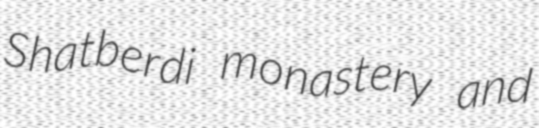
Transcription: Shatberdi monastery and